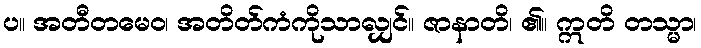
ပ။ အတီတမေဝ၊ အတိတ်ကံကိုသာလျှင်။ ဇာနာတိ၊ ၏။ ဣတိ တသ္မာ၊